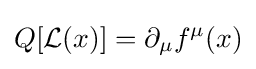
Q[{\mathcal {L}}(x)]=\partial _{\mu }f^{\mu }(x)